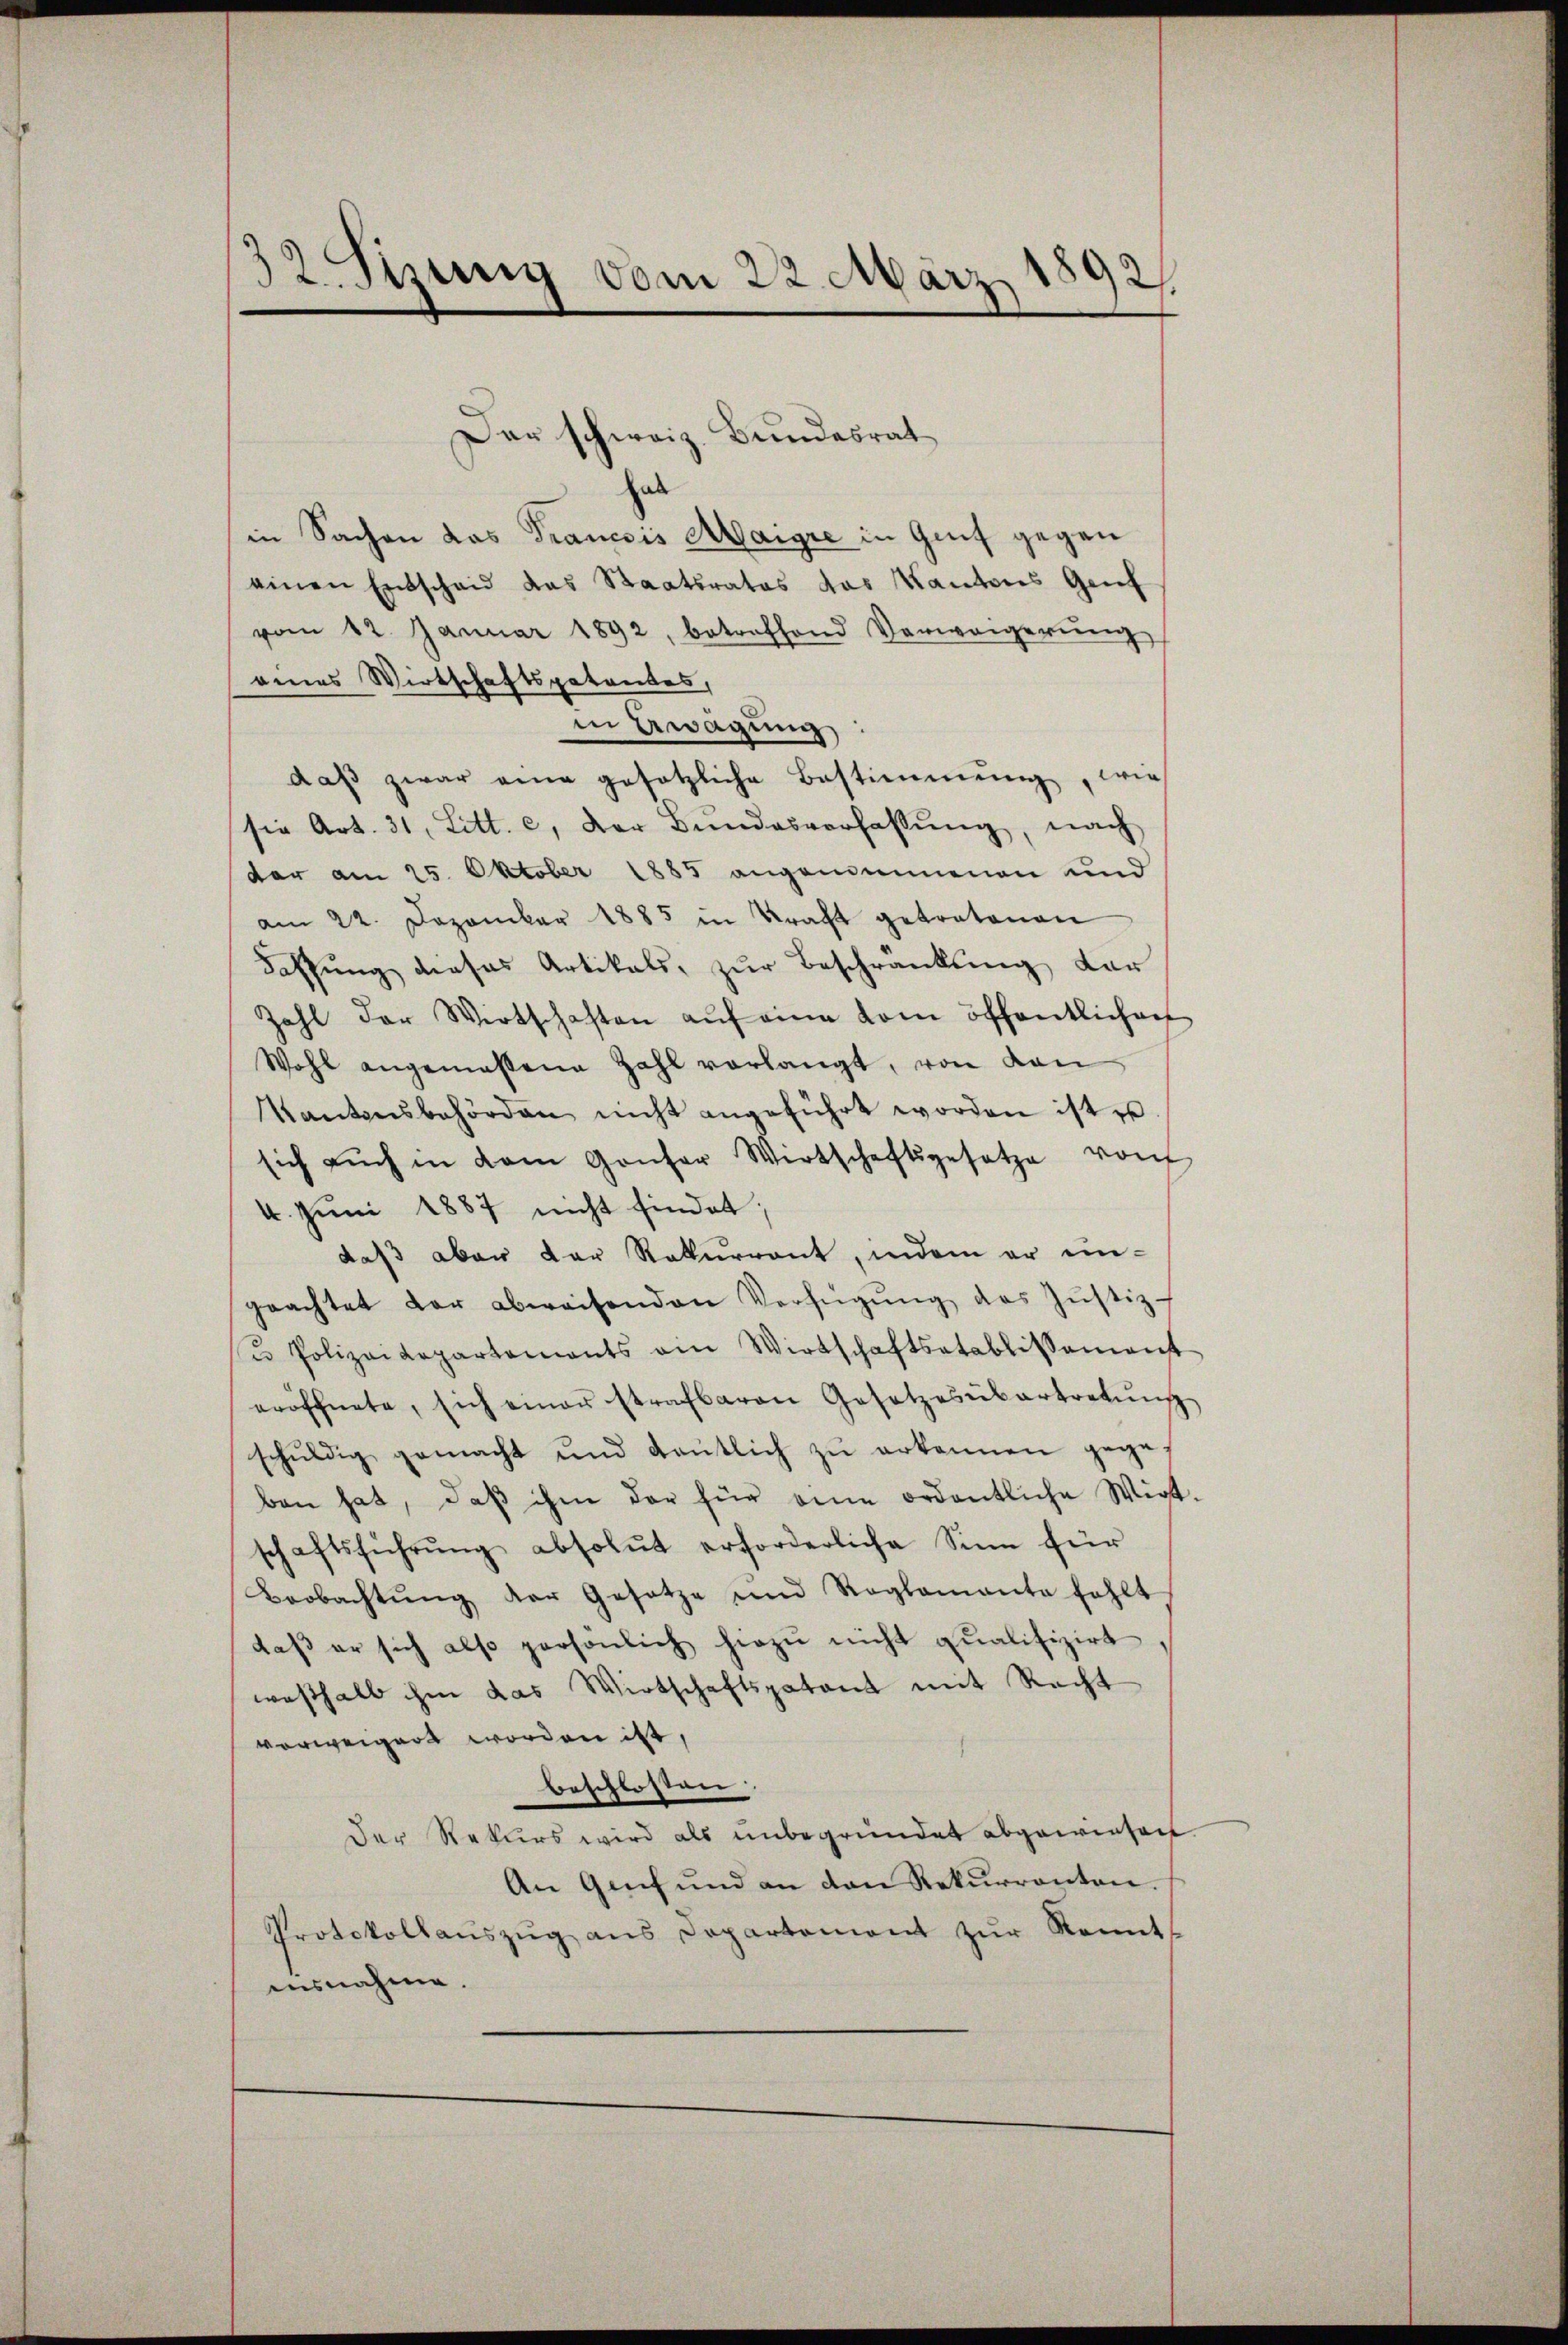
Der schweiz. Bundesrat
als
in Sachen das Trancois Maigre in Genf gegen
einen Entschaid das Staatsrates das Kantons Genf
vom 12. Januar 1892, betreffend Verweigerŭng
eines Wirtschaftspatentes,
in Awagung:
daβ zwar eine gesetzliche Bestimmung, wie
sie Art. 31. Litt. c. der Bundesverfassŭng, nach
dar am 25. Oktober 1885 angenommenen und
am 22. Dezember 1885 in Kraft getretenen
Fassung dieses Artikals, zur Beschränkung dar
Zahl der Wirtschaften aŭf eine vom öffentlichen
Wohl angemessene Zahl vorlangt, von den
Kantonsbehörden nicht angeführt worden ist u
sich aŭch in dem Gonfer Wirtschaftsgesetze von
4. Juni 1887 nicht findet;
daß aber der Rekurront, indem er ungeachtet dar abweisenden Verfügŭng des Jŭstiz-
ŭ Polizeidepartements ein Wirtschaftsatablissement
eröffnete, sich einer strafbaren Gesetzesübertretŭng
schŭldig gemacht und deutlich zŭ erkannen gegeben hat, daβ ihm der für eine ordentliche Wirt-
schaftsführŭng absolut erforderliche Sinn für
Beobachtŭng der Gesetze und Roglamante fehlt
daß er sich also persönlich hiezu nicht qualifizirt
weshalb ihm das Wirtschaftspatent mit Recht
verweigert worden ist,
beschlossen
Der Rekurs wird als unbegründet abgewiesen.
An Genf und an den Rekurrenten.
Protokollaŭszŭg ans Departement zŭr Kennt-
ausnahme.

32 Sizung vom 22. März 1892